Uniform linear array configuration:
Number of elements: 48
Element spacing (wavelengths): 0.25
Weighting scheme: binomial
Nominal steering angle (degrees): -60
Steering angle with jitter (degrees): -59.094
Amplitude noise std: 0.05
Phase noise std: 0.05

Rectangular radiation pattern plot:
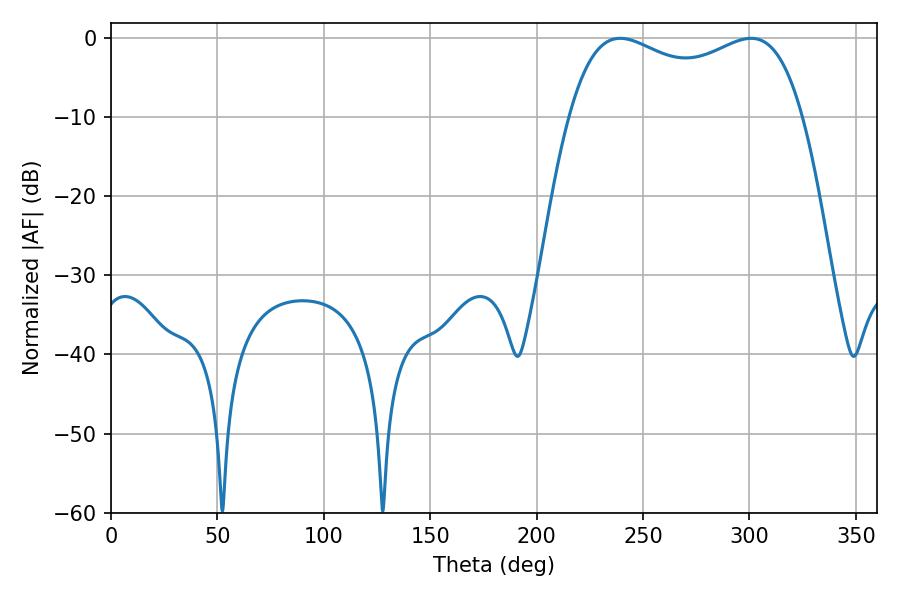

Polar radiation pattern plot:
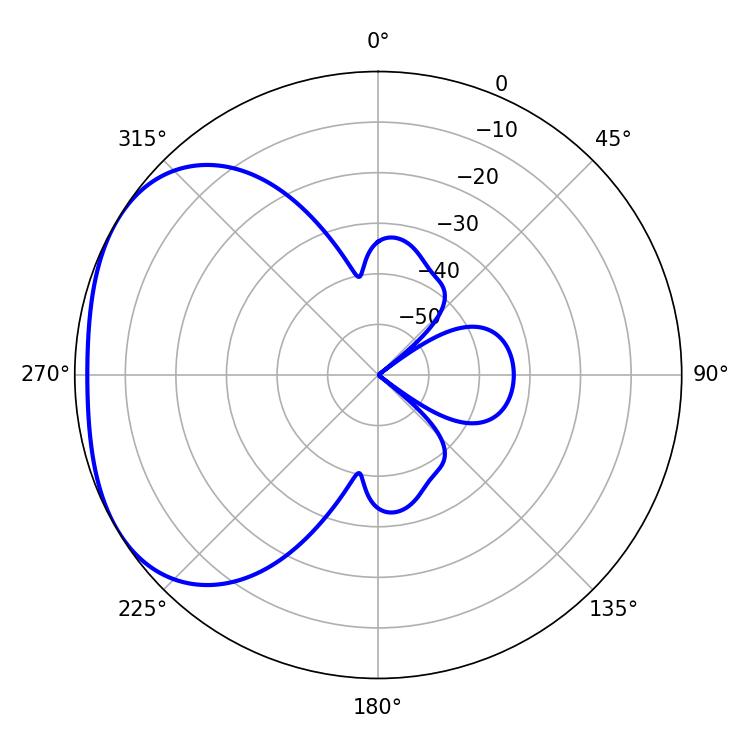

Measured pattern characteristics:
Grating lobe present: FALSE
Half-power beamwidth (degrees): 90.36
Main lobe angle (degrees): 239.22